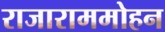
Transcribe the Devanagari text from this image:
राजाराममोहन